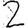
Digit: 2